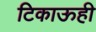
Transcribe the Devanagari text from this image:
टिकाऊही